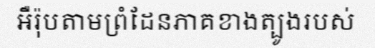
អឺរ៉ុបតាមព្រំដែនភាគខាងត្បូងរបស់